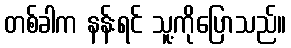
တစ်ခါက နန်းရင် သူ့ကိုပြောသည်။